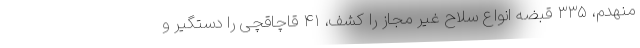
منهدم، ۳۳۵ قبضه انواع سلاح غیر مجاز را کشف، ۴۱ قاچاقچی را دستگیر و